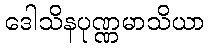
ဒေါသိနပုဏ္ဏမာသိယာ